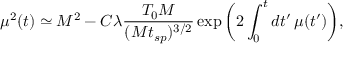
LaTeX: \mu ^ { 2 } ( t ) \simeq M ^ { 2 } - C \lambda \frac { T _ { 0 } M } { ( M t _ { s p } ) ^ { 3 / 2 } } \exp \bigg ( 2 \int _ { 0 } ^ { t } d t ^ { \prime } \, \mu ( t ^ { \prime } ) \bigg ) ,